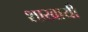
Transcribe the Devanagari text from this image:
शाखायी